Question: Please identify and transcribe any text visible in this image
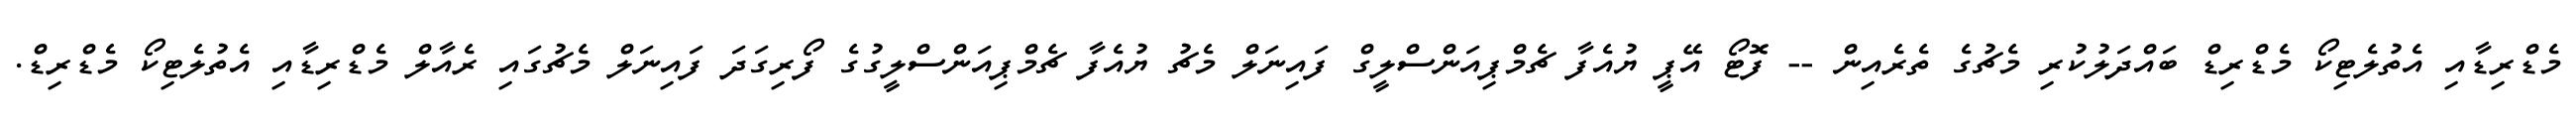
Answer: މެޑްރިޑާއި އެތުލެޓިކޯ މެޑްރިޑް ބައްދަލުކުރި މެޗުގެ ތެރެއިން -- ފޮޓޯ އޭޕީ ޔުއެފާ ޗެމްޕިއަންސްލީގް ފައިނަލް މެޗު ޔުއެފާ ޗެމްޕިއަންސްލީގުގެ ފޯރިގަދަ ފައިނަލް މެޗުގައި ރެއާލް މެޑްރިޑާއި އެތުލެޓިކޯ މެޑްރިޑް.